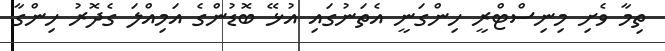
ތިމާ ވެށި މިނިސްޓްރީ ހިންގަނީ އެތަނުގައި އުޅޭ ބޮޑުންގެ އަމިއްލަ ގެދޮރު ހިންގާ